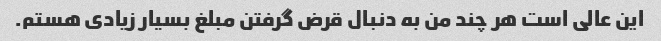
این عالی است هر چند من به دنبال قرض گرفتن مبلغ بسیار زیادی هستم.